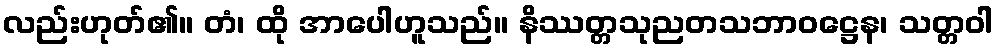
လည်းဟုတ်၏။ တံ၊ ထို အာပေါဟူသည်။ နိဿတ္တသုညတသဘာဝဋ္ဌေန၊ သတ္တဝါ